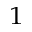
_ 1